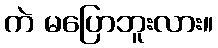
ကဲ မပြောဘူးလား။